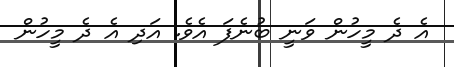
އެ ދެ މީހުން ވަނީ ބުނެފަ އެވެ. އަދި އެ ދެ މީހުން